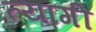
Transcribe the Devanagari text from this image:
त्‍यागी